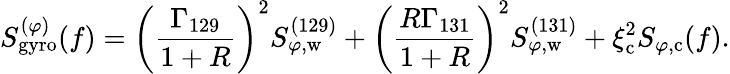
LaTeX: S_{\mathrm{gyro}}^{(\varphi)}(f)=\left(\frac{\Gamma_{129}}{1+R}\right)^{2}S_{\varphi,\mathrm{w}}^{(129)}+\left(\frac{R\Gamma_{131}}{1+R}\right)^{2}S_{\varphi,\mathrm{w}}^{(131)}+\xi_{\mathrm{c}}^{2}S_{\varphi,\mathrm{c}}(f).